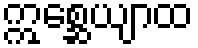
ဣစ္ဆေယျာထ